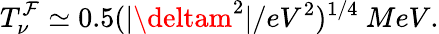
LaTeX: T_{\nu}^{\mathcal{F}}\simeq0.5(|\deltam^{2}|/eV^{2})^{1/4}\ MeV.